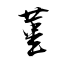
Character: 菫